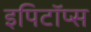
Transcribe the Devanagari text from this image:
इपिटॉप्स